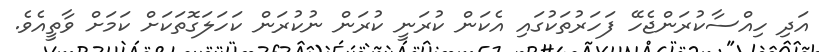
އަދި ހިއްސާކުރަންޖެހޭ ފަހަރުތަކުގައި އެކަން ކުރަނީ ކުރަން ނުކުރަން ކަހަލަގޮތަކަށް ކަމަށް ވާތީއެވެ.